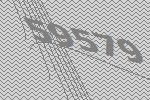
59579